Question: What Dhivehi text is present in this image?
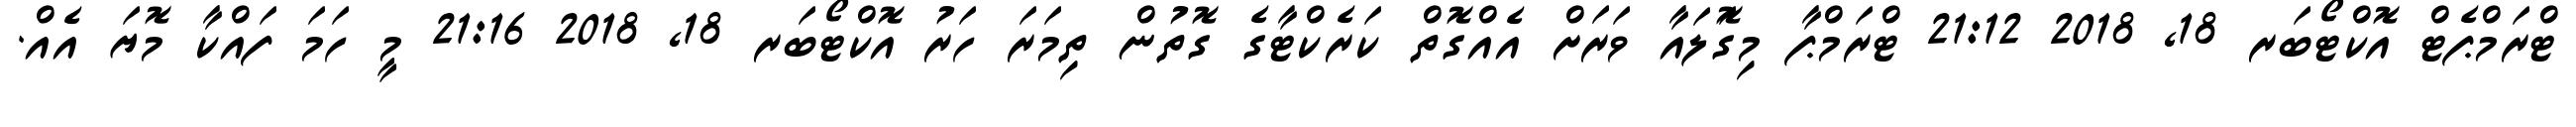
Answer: ޓްރަމްޕެޓް އޮކްޓޯބަރ 18, 2018 21:12 ޓްރަމްޕާ މިގޮަލައާ ވަރަށް އެއްގޮތް ކަރެކްޓާގެ ގޮތުން ތިމަރަ ހަރު އޮކްޓޯބަރ 18, 2018 21:16 މީ ހަމަ ފައްކާ މޮޔަ އެއް.